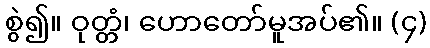
စွဲ၍။ ဝုတ္တံ၊ ဟောတော်မူအပ်၏။ (၄)